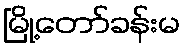
မြို့တော်ခန်းမ